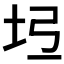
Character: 𡉶